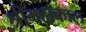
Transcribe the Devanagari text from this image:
श्रीमहाकाल